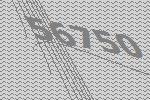
56750